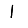
Digit: 1